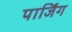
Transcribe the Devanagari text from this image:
पार्जिंग